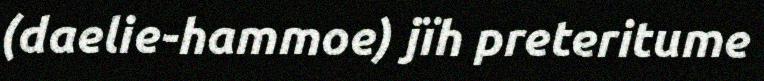
(daelie-hammoe) jïh preteritume